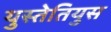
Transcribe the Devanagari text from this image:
युस्तेतियुस